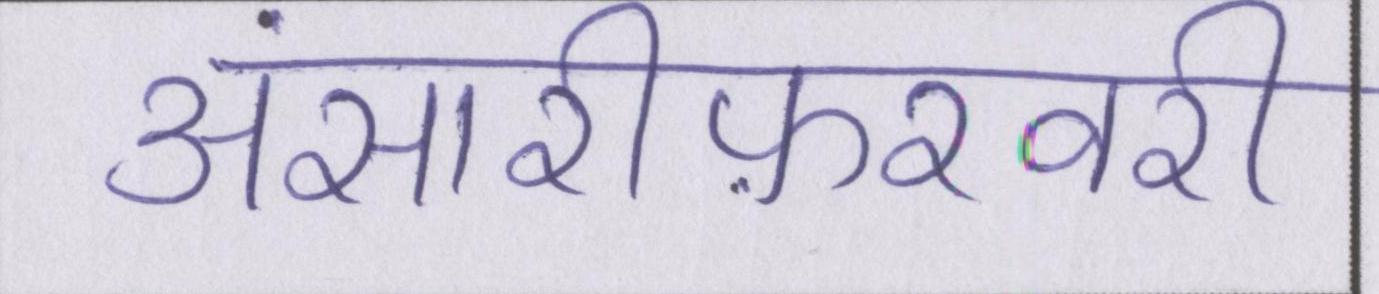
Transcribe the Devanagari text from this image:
अंसारीफ़रवरी